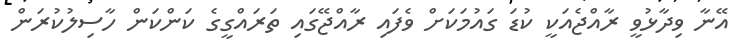
އޭނާ ވިދާޅުވީ ރާއްޖެއަކީ ކުޑަ ގައުމަކަށް ވެފައި ރާއްޖޭގައި ތަރައްގީގެ ކަންކަން ހާސިލުކުރަން